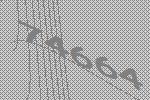
74664